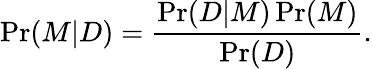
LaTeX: \operatorname*{Pr}(M|D)={\frac{\operatorname*{Pr}(D|M)\operatorname*{Pr}(M)}{\operatorname*{Pr}(D)}}.